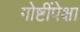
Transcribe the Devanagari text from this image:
गोष्टींपेक्षा